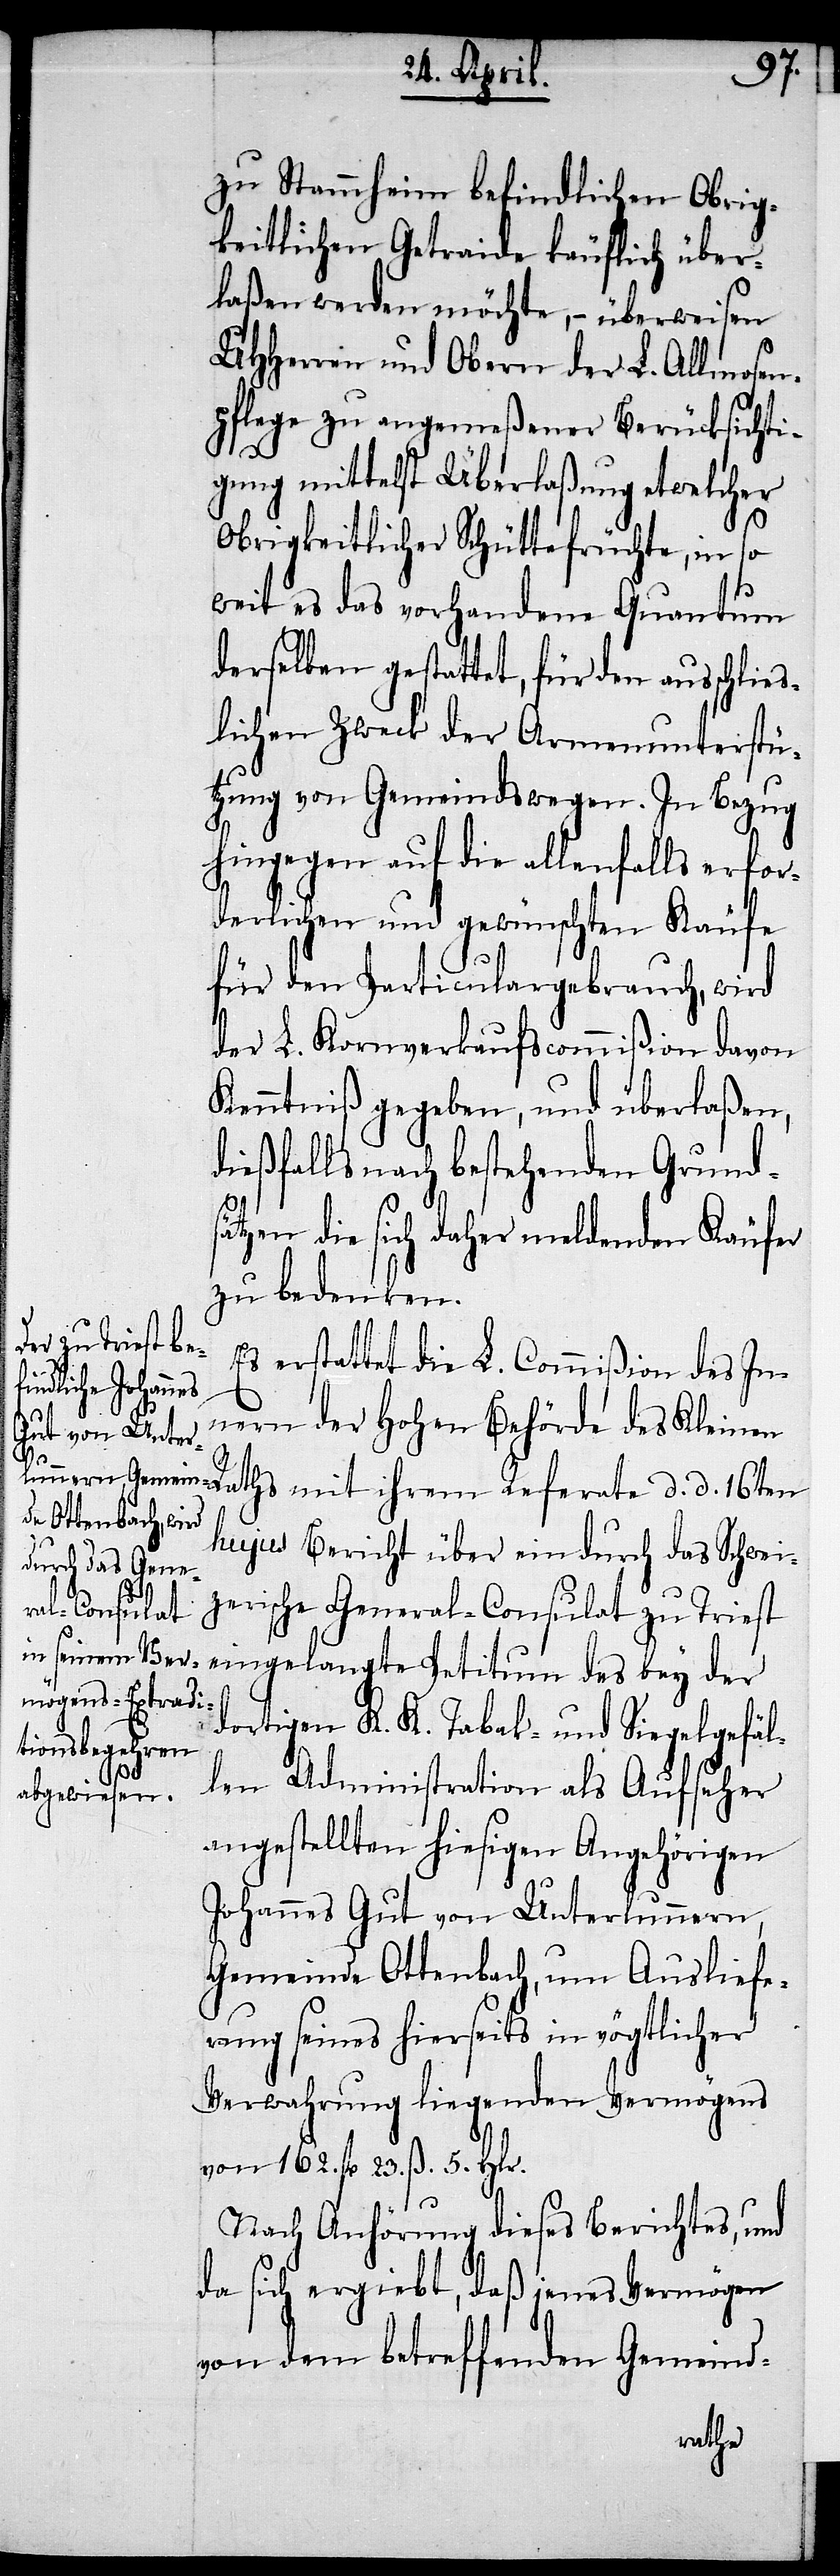
zu Stammheim befindlichen Obrig¬
keitlichen Getraide käuflich über¬
laßen werden möchte, – überweisen
UHHerren und Obern der L. Allmosen¬
pflege zu angemeßener Berücksichti¬
gung mittelst Überlaßung etwelcher
Obrigkeitlicher Schüttefrüchte, in so
weit es das vorhandene Quantum
derselben gestattet, für den ausschließ¬
lichen Zweck der Armenunterstü¬
tzung von Gemeindswegen. In Bezug
hingegen auf die allenfalls erfor¬
derlichen und gewünschten Käufe
für den Particulargebrauch, wird
der L. Kornverkaufscommißion davon
Kenntniß gegeben, und überlaßen,
dießfalls nach bestehenden Grunds¬
ätzen die sich daher meldenden Käufer
zu bedenken.
Es erstattet die L. Commißion des In¬
nern der Hohen Behörde des Kleinen
Raths mit ihrem Referate d. d. 16ten
hujus Bericht über ein durch das Schwei¬
zerische General-Consulat zu Triest
eingelangte Petitum des bey der
dortigen K. K. Tabak- und Siegelgefäl¬
len Administration als Aufseher
angestellten hiesigen Angehörigen
Johannes Gut von Unterlummern,
Gemeinde Ottenbach, um Ausliefe¬
rung seines hierseits in vögtlicher
Verwahrung liegenden Vermögens
von 162. fl. 23. ß. 5. Hlr.
Nach Anhörung dieses Berichtes, und
da sich ergiebt, daß jenes Vermögen
von dem betreffenden Gemeind-